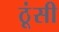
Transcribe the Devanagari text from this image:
ठूंसी